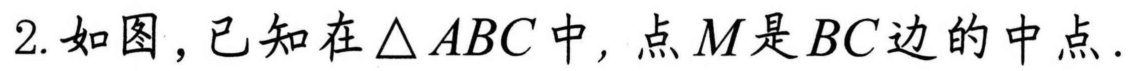
2. 如图，已知在\(\triangle ABC\)中，点\(M\)是\(BC\)边的中点.